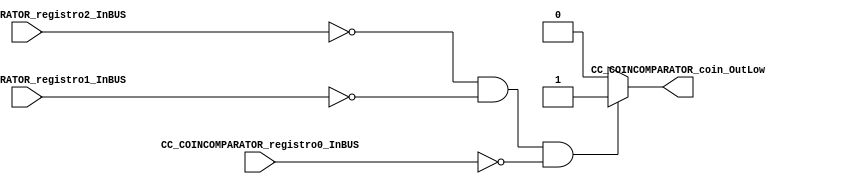
//##################PARA PERDER##########################
//####################################################################*/
//=======================================================
//  MODULE Definition
//=======================================================
module CC_COINCOMPARATOR #(parameter MATRIXCOMPARATOR_DATAWIDTH=8)(
//////////// OUTPUTS //////////
	 CC_COINCOMPARATOR_coin_OutLow,
//////////// INPUTS //////////
    CC_COINCOMPARATOR_registro2_InBUS,
    CC_COINCOMPARATOR_registro1_InBUS,
    CC_COINCOMPARATOR_registro0_InBUS
);
//=======================================================
//  PARAMETER declarations
//=======================================================

//=======================================================
//  PORT declarations
//=======================================================
output	reg CC_COINCOMPARATOR_coin_OutLow;
input 	[MATRIXCOMPARATOR_DATAWIDTH-1:0] CC_COINCOMPARATOR_registro2_InBUS;
input 	[MATRIXCOMPARATOR_DATAWIDTH-1:0] CC_COINCOMPARATOR_registro1_InBUS;
input 	[MATRIXCOMPARATOR_DATAWIDTH-1:0] CC_COINCOMPARATOR_registro0_InBUS;
//=======================================================
//  REG/WIRE declarations
//=======================================================
//=======================================================
//  Structural coding
//=======================================================
always @(*)
begin
	if((CC_COINCOMPARATOR_registro2_InBUS == 8'b00000000)&(CC_COINCOMPARATOR_registro1_InBUS == 8'b00000000)&(CC_COINCOMPARATOR_registro0_InBUS == 8'b00000000))
		CC_COINCOMPARATOR_coin_OutLow = 1'b1;
	else 
		CC_COINCOMPARATOR_coin_OutLow = 1'b0;
end

endmodule